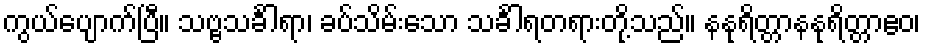
ကွယ်ပျောက်ပြီ။ သဗ္ဗသင်္ခါရာ၊ ခပ်သိမ်းသော သင်္ခါရတရားတို့သည်။ နနုရိတ္တာနနုရိတ္တာဧဝ၊